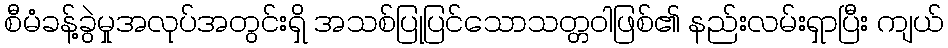
စီမံခန့်ခွဲမှုအလုပ်အတွင်းရှိ အသစ်ပြုပြင်သောသတ္တဝါဖြစ်၏ နည်းလမ်းရှာပြီး ကျယ်